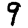
Digit: 9